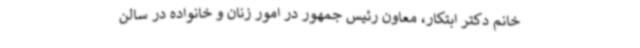
خانم دکتر ابتکار، معاون رئیس جمهور در امور زنان و خانواده در سالن